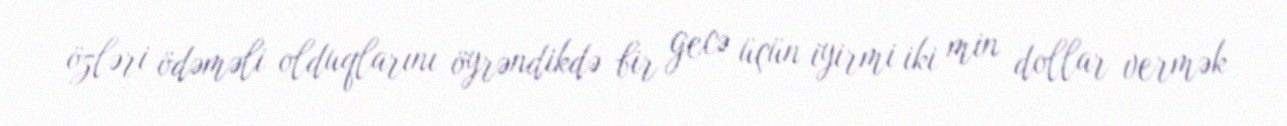
özləri ödəməli olduqlarını öyrəndikdə bir gecə üçün iyirmi iki min dollar vermək